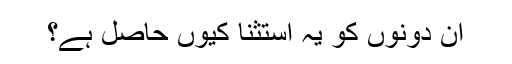
ان دونوں کو یہ استثنا کیوں حاصل ہے؟